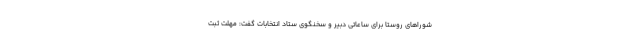
شوراهای روستا برای ساعاتی دبیر و سخنگوی ستاد انتخابات گفت: مهلت ثبت